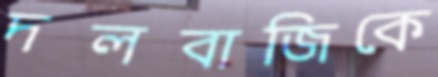
দলবাজিকে